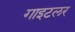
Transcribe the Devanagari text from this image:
गाइटलर